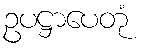
ဥပဋ္ဌာပေတုံ